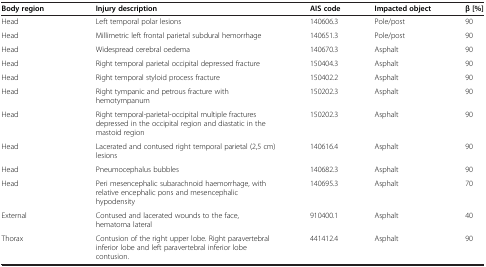
| Body region | Injury description | AIS code | Impacted object | β [%] |
 | --- | --- | --- | --- | --- |
 | Head | Left temporal polar lesions | 140606.3 | Pole/post | 90 |
 | Head | Millimetric left frontal parietal subdural hemorrhage | 140651.3 | Pole/post | 90 |
 | Head | Widespread cerebral oedema | 140670.3 | Asphalt | 90 |
 | Head | Right temporal parietal occipital depressed fracture | 150404.3 | Asphalt | 90 |
 | Head | Right temporal styloid process fracture | 150402.2 | Asphalt | 90 |
 | Head | Right tympanic and petrous fracture with hemotympanum | 150202.3 | Asphalt | 90 |
 | Head | Right temporal-parietal-occipital multiple fractures depressed in the occipital region and diastatic in the mastoid region | 150202.3 | Asphalt | 90 |
 | Head | Lacerated and contused right temporal parietal (2,5 cm) lesions | 140616.4 | Asphalt | 90 |
 | Head | Pneumocephalus bubbles | 140682.3 | Asphalt | 90 |
 | Head | Peri mesencephalic subarachnoid haemorrhage, with relative encephalic pons and mesencephalic hypodensity | 140695.3 | Asphalt | 70 |
 | External | Contused and lacerated wounds to the face, hematoma lateral | 910400.1 | Asphalt | 40 |
 | Thorax | Contusion of the right upper lobe. Right paravertebral inferior lobe and left paravertebral inferior lobe contusion. | 441412.4 | Asphalt | 90 |